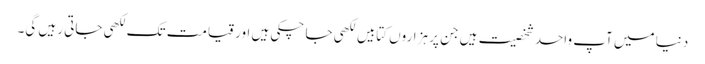
دنیا میں آپ واحد شخصیت ہیں جن پر ہزاروں کتابیں لکھی جا چکی ہیں اور قیامت تک لکھی جاتی رہیں گی۔